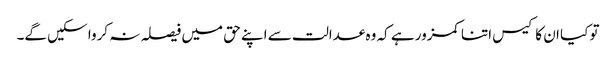
تو کیا ان کا کیس اتنا کمزور ہے کہ وہ عدالت سے اپنے حق میں فیصلہ نہ کروا سکیں گے۔